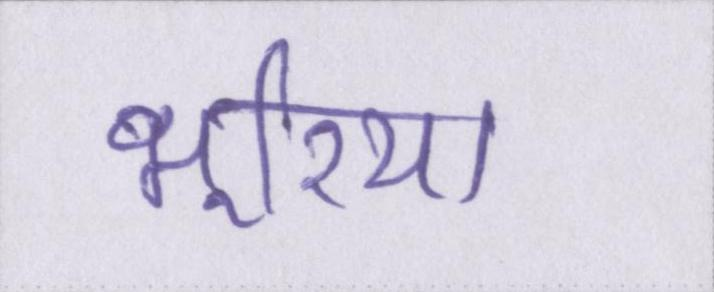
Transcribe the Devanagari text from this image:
भूरिया